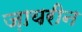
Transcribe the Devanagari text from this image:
ज़ायरीन